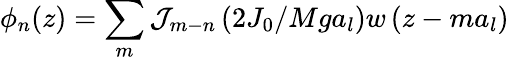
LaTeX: \phi_{n}(z)=\sum_{m}\mathcal{J}_{m-n}\left(2J_{0}/Mga_{l}\right)w\left(z-ma_{l}\right)